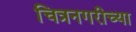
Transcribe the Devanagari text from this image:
चित्रनगरीच्या